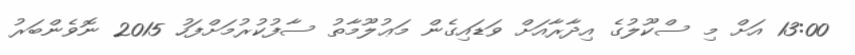
13:00 އަށް މި ސްކޫލުގެ އިދާރާއަށް ވަޑައިގެން މަޢުލޫމާތު ސާފުކުރުމަށްފަހު 2015 ނޮވެންބަރު